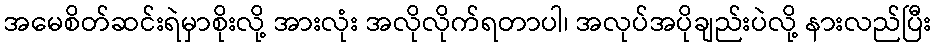
အမေစိတ်ဆင်းရဲမှာစိုးလို့ အားလုံး အလိုလိုက်ရတာပါ၊ အလုပ်အပိုချည်းပဲလို့ နားလည်ပြီး